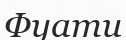
Фуати